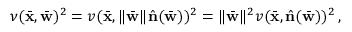
\nu ( \bar { \bf x } , \bar { \bf w } ) ^ { 2 } = v ( \bar { \bf x } , \| \bar { \bf w } \| \hat { \bf n } ( \bar { \bf w } ) ) ^ { 2 } = \| \bar { \bf w } \| ^ { 2 } v ( \bar { \bf x } , \hat { \bf n } ( \bar { \bf w } ) ) ^ { 2 } \, ,